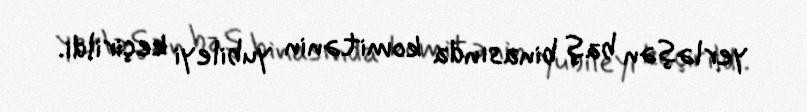
yerləşən baş binasında komitənin yubileyi keçirildi.